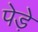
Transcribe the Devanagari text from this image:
पेड़े